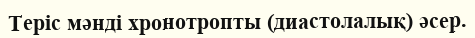
Теріс мəнді хронотропты (диастолалық) əсер.